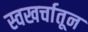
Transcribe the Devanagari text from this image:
स्वखर्चातून